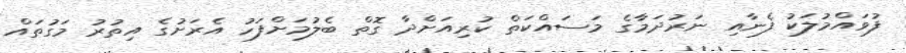
ފުވައްމުލަކު ފެނާއި ނަރުދަމާގެ މަސައްކަތް ކުރިއަށްދާ ގޮތް ބެލުމަށްފަހު އެރަށުގެ އިތުރު މަގުތައް